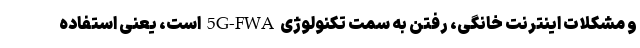
و مشکلات اینترنت خانگی، رفتن به سمت تکنولوژی 5G-FWA است، یعنی استفاده